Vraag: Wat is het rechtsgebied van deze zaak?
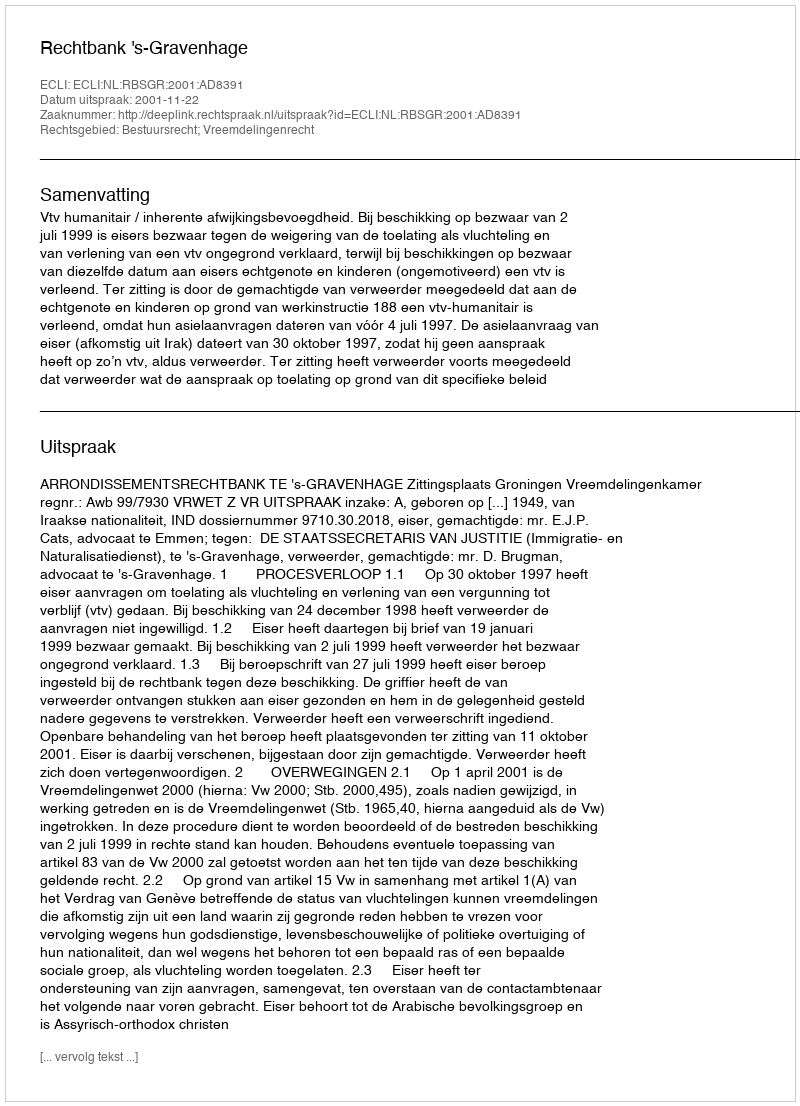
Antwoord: Bestuursrecht; Vreemdelingenrecht